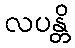
လပန္တိ